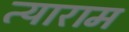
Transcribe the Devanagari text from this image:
त्याराम